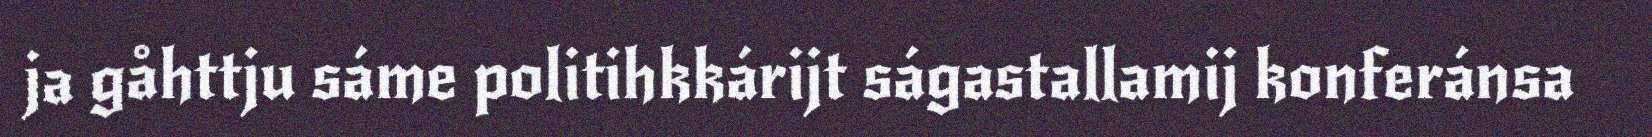
ja gåhttju sáme politihkkárijt ságastallamij konferánsa